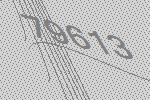
79613